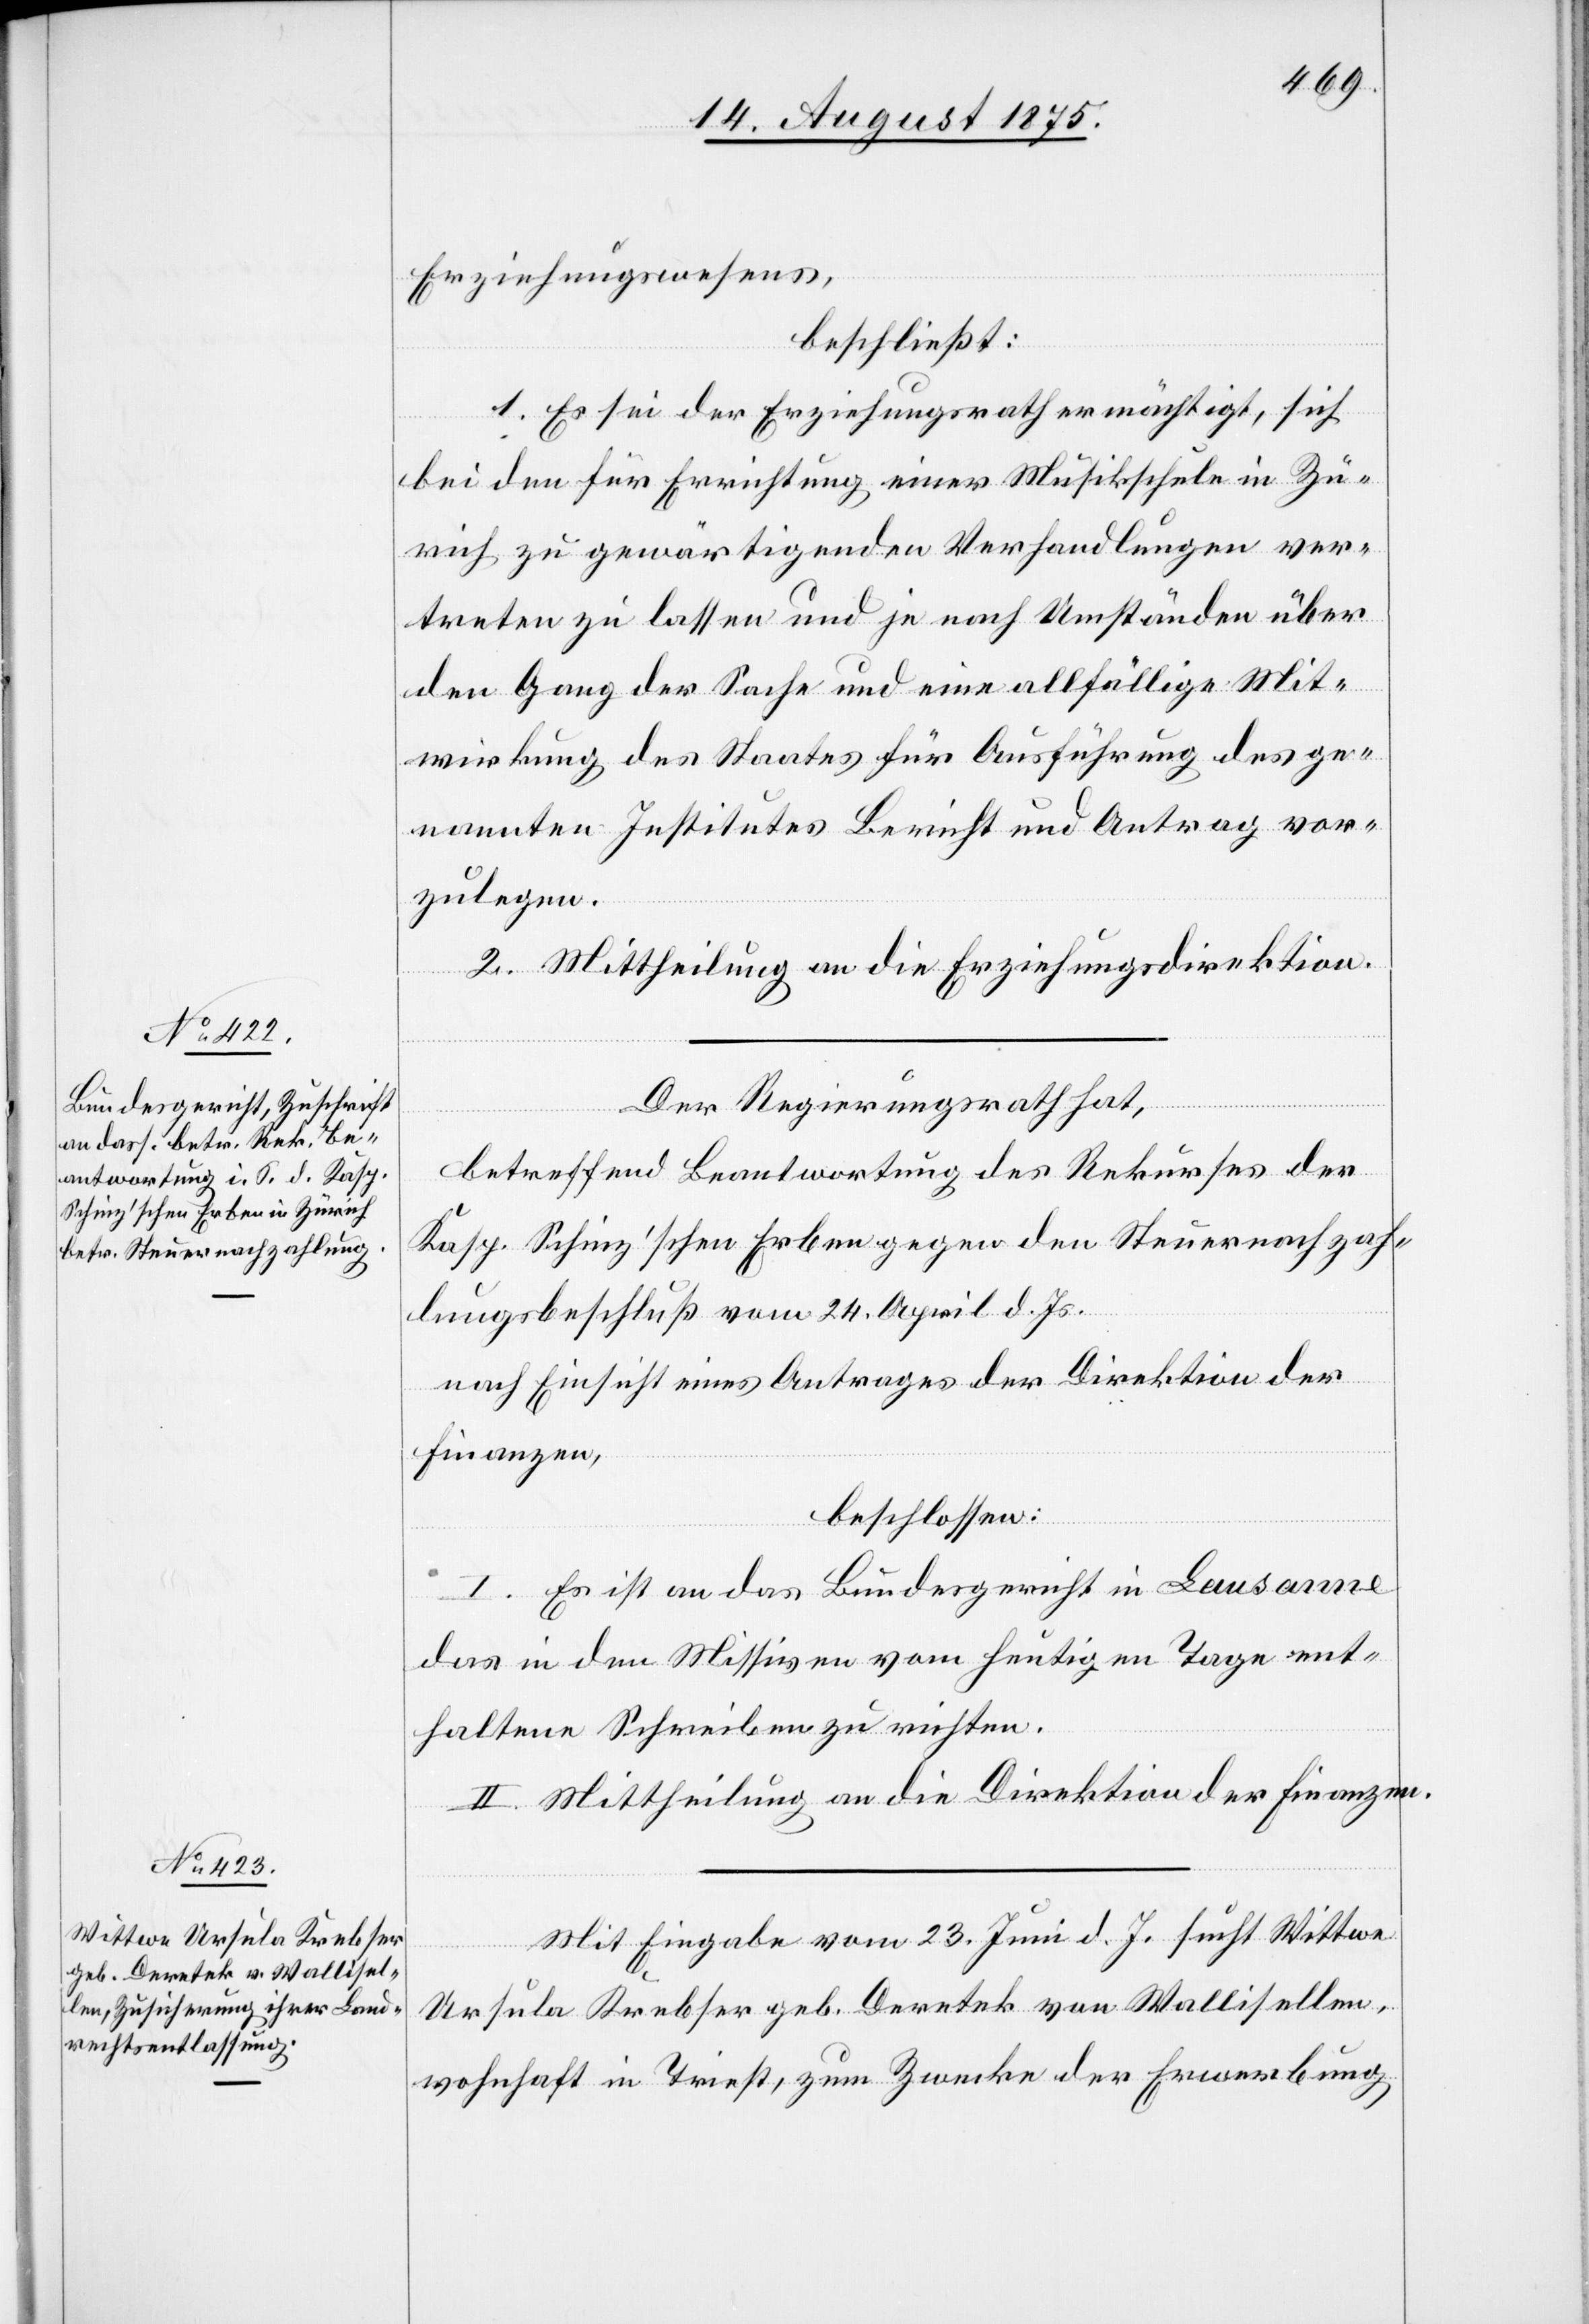
Erziehungswesens,
beschließt:
1. Es sei der Erziehungsrath ermächtigt, sich
bei den für Errichtung einer Musikschule in Zü¬
rch zu gewärtigenden Verhandlungen ver¬
treten zu lassen und je nach Umständen über
den Gang der Sache und eine allfällige Mit¬
wirkung des Staates für Ausführung des ge¬
nannten Institutes Bericht und Antrag vor¬
zulegen.
2. Mittheilung an die Erziehungsdirektion.
Der Regierungsrath hat,
betreffend Beantwortung des Rekurses der
Kasp. Schinz’schen Erben gegen den Steuernachzah¬
lungsbeschluß vom 24. April d. Js.
nach Einsicht eines Antrages der Direktion der
Finanzen,
beschlossen:
I. Es ist an das Bundesgericht in Lausanne
das in den Missiven vom heutigen Tage ent¬
haltene Schreiben zu richten.
II. Mittheilung an die Direktion der Finanzen.
Mit Eingabe vom 23. Juni d. J. sucht Wittwe
Ursula Krebser geb. Deretek von Wallisellen
wohnhaft in Triest, zum Zwecke der Erwerbung